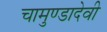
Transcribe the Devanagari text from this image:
चामुण्डादेवी